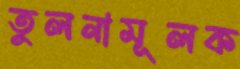
তুলনামূলক